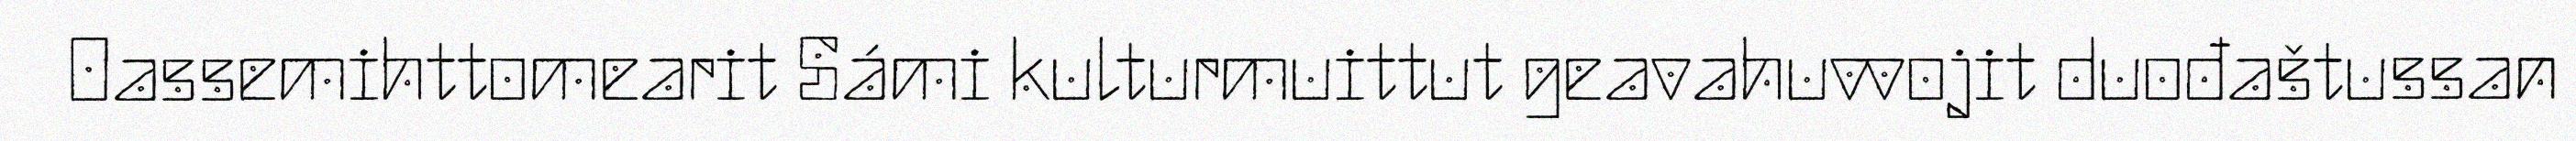
Oassemihttomearit Sámi kulturmuittut geavahuvvojit duođaštussan